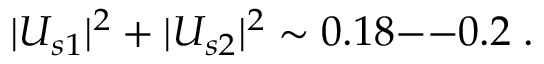
| U _ { s 1 } | ^ { 2 } + | U _ { s 2 } | ^ { 2 } \sim 0 . 1 8 \mathrm { - - } 0 . 2 \; .